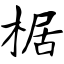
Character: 椐